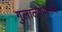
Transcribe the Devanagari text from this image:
गुलालशेषमधे